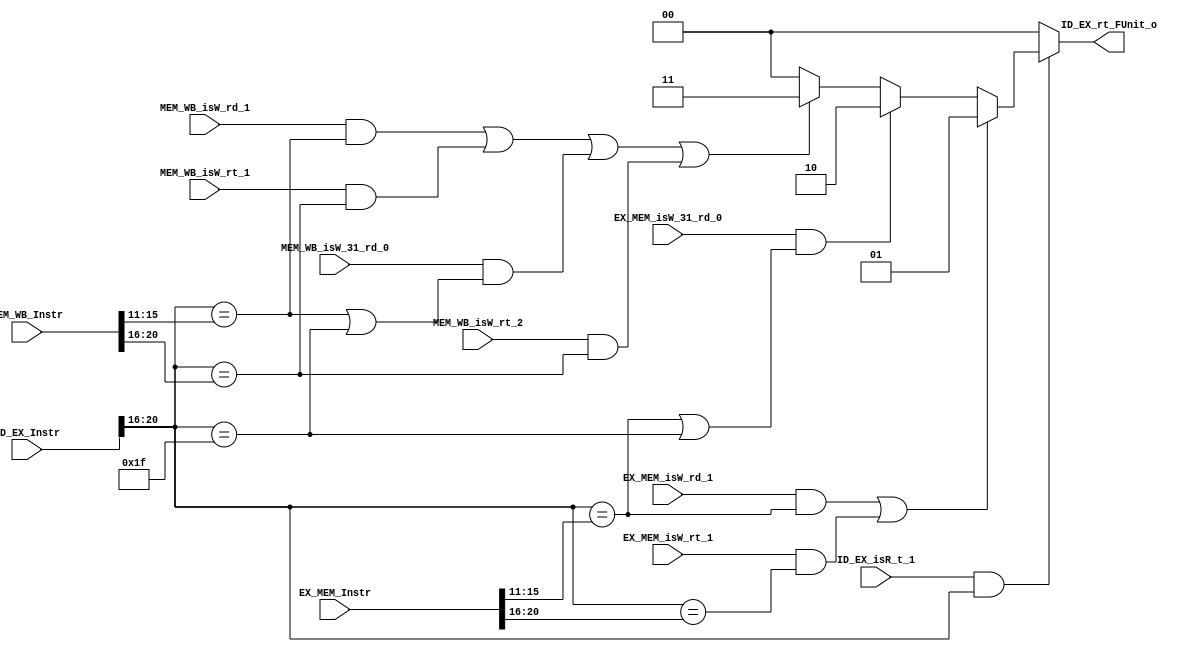
module ID_EX_rt_FUnit(ID_EX_Instr,EX_MEM_Instr,MEM_WB_Instr,
    ID_EX_isR_t_1,
    EX_MEM_isW_rd_1,EX_MEM_isW_rt_1,EX_MEM_isW_31_rd_0,
    MEM_WB_isW_rd_1,MEM_WB_isW_rt_1,MEM_WB_isW_31_rd_0,MEM_WB_isW_rt_2,
    ID_EX_rt_FUnit_o);
    
    
    
    input[31:0] ID_EX_Instr;
    input[31:0] EX_MEM_Instr;
    input[31:0] MEM_WB_Instr;
    
	   input ID_EX_isR_t_1;
	
    
    input EX_MEM_isW_rd_1;
    input EX_MEM_isW_rt_1;
    input EX_MEM_isW_31_rd_0;
    input MEM_WB_isW_rd_1;
    input MEM_WB_isW_rt_1;
    input MEM_WB_isW_31_rd_0;
    input MEM_WB_isW_rt_2;
    
    output[1:0] ID_EX_rt_FUnit_o;
    //rs[25:21]	rt[20:16]	rd[15:11]

    reg[1:0] FUnit_reg;
    
    assign ID_EX_rt_FUnit_o=FUnit_reg;
    
    always@(ID_EX_Instr or EX_MEM_Instr or MEM_WB_Instr or 
    ID_EX_isR_t_1 or
    EX_MEM_isW_rd_1 or EX_MEM_isW_rt_1 or EX_MEM_isW_31_rd_0 or
    MEM_WB_isW_rd_1 or MEM_WB_isW_rt_1 or MEM_WB_isW_31_rd_0 or MEM_WB_isW_rt_2)
		begin
		  FUnit_reg=0;
		  if(ID_EX_isR_t_1 && ID_EX_Instr[20:16])
			begin
			  if(
				 (EX_MEM_isW_rd_1 &&
			  (ID_EX_Instr[20:16]==EX_MEM_Instr[15:11]))
				||
				 (EX_MEM_isW_rt_1 &&
			  (ID_EX_Instr[20:16]==EX_MEM_Instr[20:16]))
			  )
				FUnit_reg=1;
				
			  else if(EX_MEM_isW_31_rd_0 &&
			  ((ID_EX_Instr[20:16]==EX_MEM_Instr[15:11])||
			   (ID_EX_Instr[20:16]==31)))
				FUnit_reg=2;
			  
			  else if((MEM_WB_isW_rd_1 &&
			  (ID_EX_Instr[20:16]==MEM_WB_Instr[15:11]))
			    ||
			  (MEM_WB_isW_rt_1 &&
			  (ID_EX_Instr[20:16]==MEM_WB_Instr[20:16]))
			    ||
			  (MEM_WB_isW_31_rd_0 &&
			  ((ID_EX_Instr[20:16]==MEM_WB_Instr[15:11])||
			  (ID_EX_Instr[20:16]==31)))
				||
			  (MEM_WB_isW_rt_2 &&
			  (ID_EX_Instr[20:16]==MEM_WB_Instr[20:16]))
			  )
			    FUnit_reg=3;
				
			end
		
		end
    
    
    
endmodule